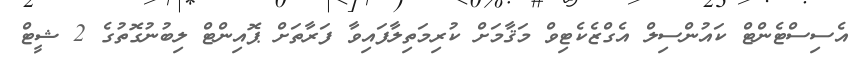
އެސިސްޓެންޓް ކައުންސިލް އެގްޒެކެޓިވް މަޤާމަށް ކުރިމަތިލާފައިވާ ފަރާތަށް ޕޮއިންޓް ލިބުނުގޮތުގެ 2 ޝީޓް